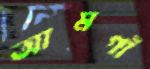
আমগাঁ